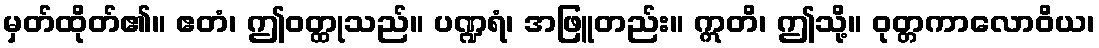
မှတ်ထိုတ်၏။ ဧတံ၊ ဤဝတ္ထုသည်။ ပဏ္ဍရံ၊ အဖြူတည်း။ ဣတိ၊ ဤသို့။ ဝုတ္တကာလောဝိယ၊